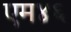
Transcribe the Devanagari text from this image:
एम४६